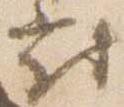
対